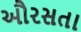
ઔરસતા